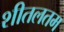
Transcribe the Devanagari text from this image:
शीतलतम